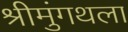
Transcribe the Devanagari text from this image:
श्रीमुंगथला